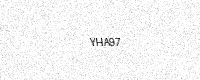
Text: YHA97